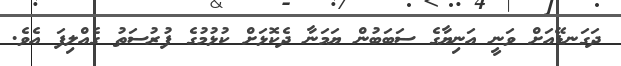
ދަގަނޑޭއަށް ވަނީ އަނިޔާގެ ސަބަބުން ޔަމަނާ ދެކޮޅަށް ކުޅުމުގެ ފުރުސަތު ގެއްލިފަ އެވެ.